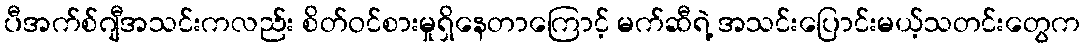
ပီအက်စ်ဂျီအသင်းကလည်း စိတ်ဝင်စားမှုရှိနေတာကြောင့် မက်ဆီရဲ့ အသင်းပြောင်းမယ့်သတင်းတွေက